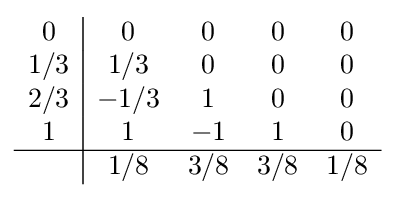
{\begin{array}{c|cccc}0&0&0&0&0\\1/3&1/3&0&0&0\\2/3&-1/3&1&0&0\\1&1&-1&1&0\\\hline &1/8&3/8&3/8&1/8\\\end{array}}